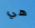
هي